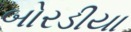
બોરડીયા